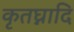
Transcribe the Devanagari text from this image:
कृतघ्नादि